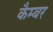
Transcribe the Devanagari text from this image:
कैम्बर